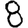
Digit: 8